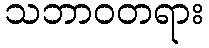
သဘာဝတရား